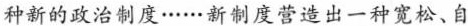
种新的政治制度……新制度营造出-一种宽松、自